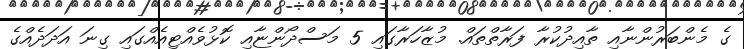
ގެ މެންބަރުންނާއި ތާއިދުކުރާ ފަރާތްތައް. މުޒާހަރާގައި 5 މަސްދޯންޏާއި ކޮޅުވެއްޓިއެއްގައި ގިނަ އަދަދެއްގެ